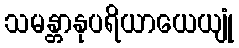
သမန္တာနုပရိယာယေယျုံ